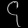
Digit: ၄